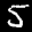
Label: 5